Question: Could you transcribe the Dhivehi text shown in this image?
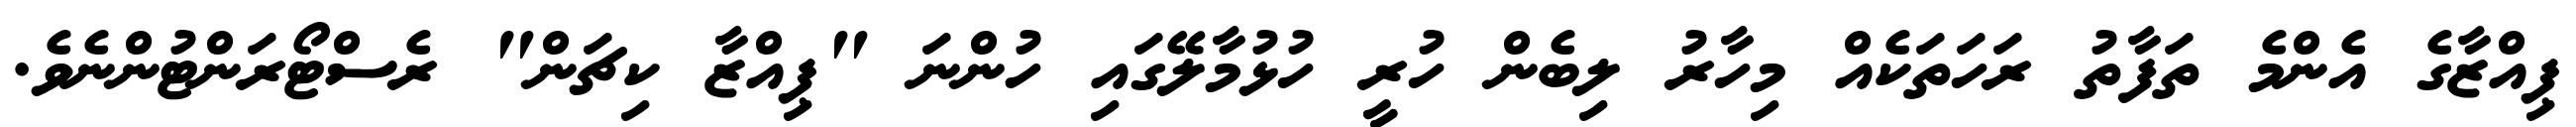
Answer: ޕިއްޒާގެ އެންމެ ތަފާތު ރަހަތަކެއް މިހާރު ލިބެން ހުރީ ހުޅުމާލޭގައި ހުންނަ "ޕިއްޒާ ކިޗަން" ރެސްޓޯރަންޓުންނެވެ.